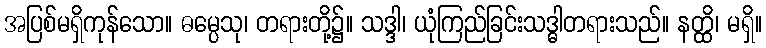
အပြစ်မရှိကုန်သော။ ဓမ္ပေသု၊ တရားတို့၌။ သဒ္ဒါ၊ ယုံကြည်ခြင်းသဒ္ဓါတရားသည်။ နတ္ထိ၊ မရှိ။